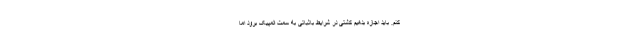
کنم. باید اجازه بدهیم کشتی در شرایط باثباتی به سمت المپیک برود اما